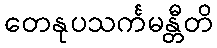
တေနုပသင်္ကမန္တီတိ